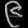
Digit: ၉